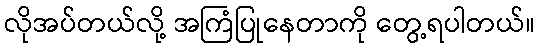
လိုအပ်တယ်လို့ အကြံပြုနေတာကို တွေ့ရပါတယ်။